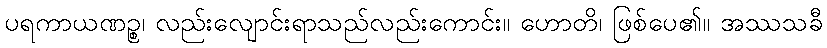
ပရကာယဏဉ္စ၊ လည်းလျောင်းရာသည်လည်းကောင်း။ ဟောတိ၊ ဖြစ်ပေ၏။ အဿသခီ